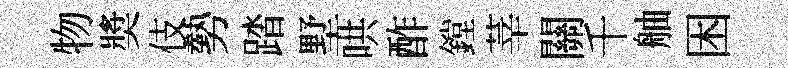
物奬伎勢踏墅哄酢鏜莘關千舳困